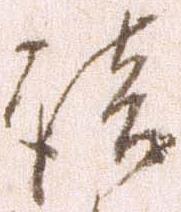
談